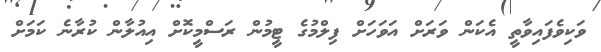
ވަކިވެފައިވާތީ އެކަން ވަރަށް އަވަހަށް ފިލްމުގެ ޓީމުން ރަސްމީކޮށް އިއުލާން ކުރާނެ ކަމަށް